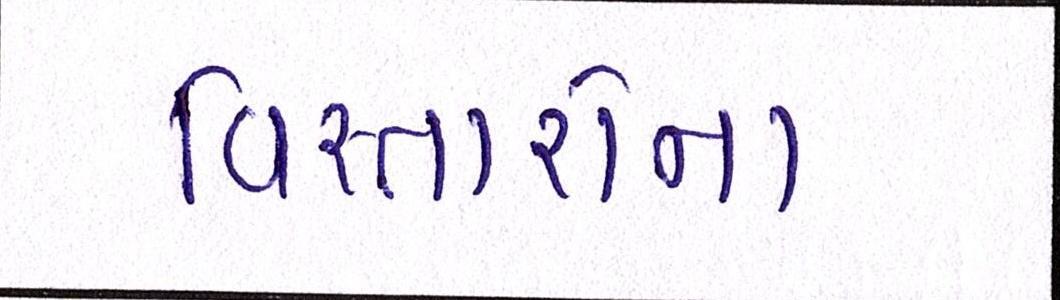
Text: વિસ્તારોના